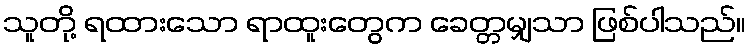
သူတို့ ရထားသော ရာထူးတွေက ခေတ္တမျှသာ ဖြစ်ပါသည်။